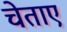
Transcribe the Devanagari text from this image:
चेताए